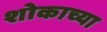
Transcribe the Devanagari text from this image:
शोकाच्या